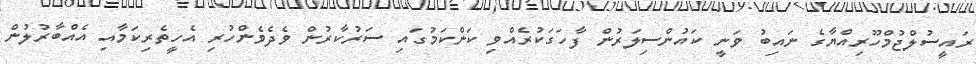
ރައީސުލްޖުމްހޫރިއްޔާގެ ނައިބު ވަނީ ކައުންސިލަރުން ފާހަގަކުރެއްވި ކަންކަމުގައި ސަރުކާރުން ވެދެވެންހުރި އެހީތެރިކަމާއި އެއްބާރުލުން